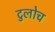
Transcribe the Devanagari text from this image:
टुलोच